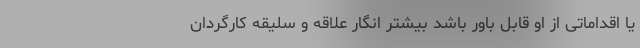
یا اقداماتی از او قابل باور باشد بیشتر انگار علاقه و سلیقه کارگردان